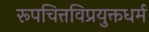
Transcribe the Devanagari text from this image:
रूपचित्तविप्रयुक्तधर्म